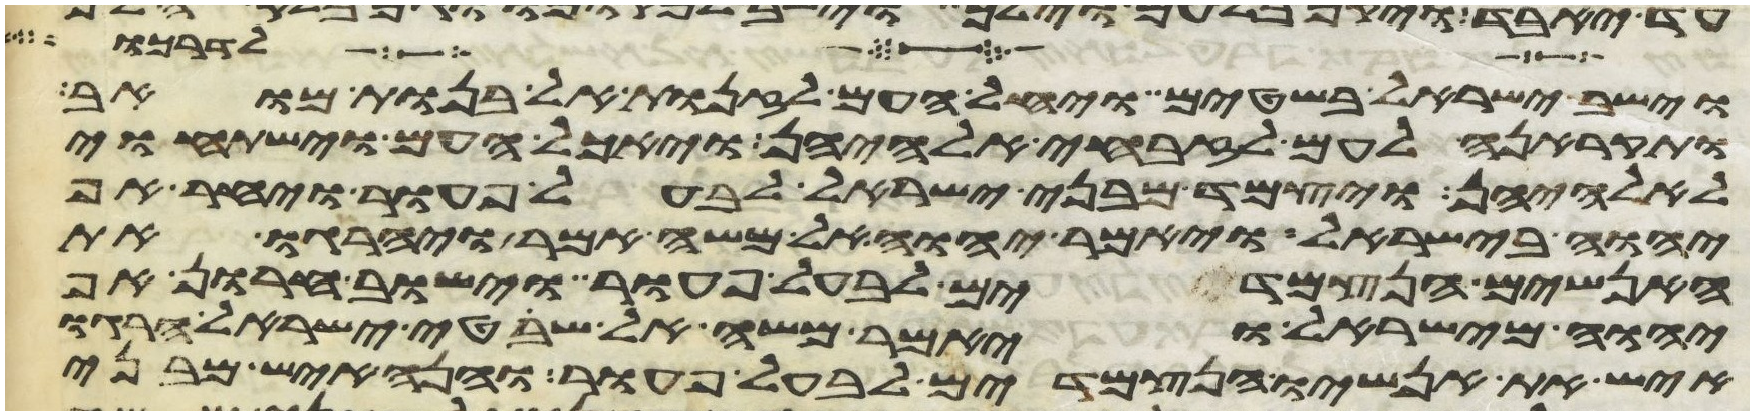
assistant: לדרכו
וישב ישראל בשטים ויחל העם לזנות אל בנות מואב
ותקראנה לעם לזבחי אלהיהן ויאכל העם וישתחוי
לאלהיהן ויצמד מבני ישראל לבעל פעור ויחר אף
יהוה בישראל ויאמר יהוה אל משה אמר ויהרגו את
האנשים הנצמדים לבעל פעור וישוב חרון אף
יהוה מישראל ויאמר משה אל שפטי ישראל הרגו
איש את אנשיו הנצמדים לבעל פעור והנה איש מבני